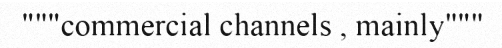
"""commercial channels , mainly"""